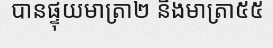
បានផ្ទុយមាត្រា២ និងមាត្រា៥៥